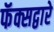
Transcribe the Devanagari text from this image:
फॅक्सद्वारे